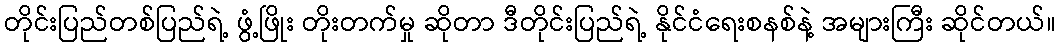
တိုင်းပြည်တစ်ပြည်ရဲ့ ဖွံ့ဖြိုး တိုးတက်မှု ဆိုတာ ဒီတိုင်းပြည်ရဲ့ နိုင်ငံရေးစနစ်နဲ့ အများကြီး ဆိုင်တယ်။